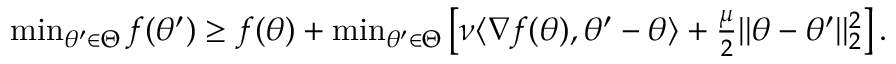
\begin{array} { r } { \operatorname* { m i n } _ { \theta ^ { \prime } \in \Theta } f ( \theta ^ { \prime } ) \ge f ( \theta ) + \operatorname* { m i n } _ { \theta ^ { \prime } \in \Theta } \left[ \nu \langle \nabla f ( \theta ) , \theta ^ { \prime } - \theta \rangle + \frac { \mu } { 2 } | | \theta - \theta ^ { \prime } | | _ { 2 } ^ { 2 } \right] . } \end{array}